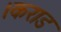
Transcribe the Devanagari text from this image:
।कराड